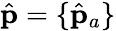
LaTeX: \hat{\mathbf{p}}=\{ \hat{\mathbf{p}}_{a}\}